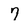
Character: 7